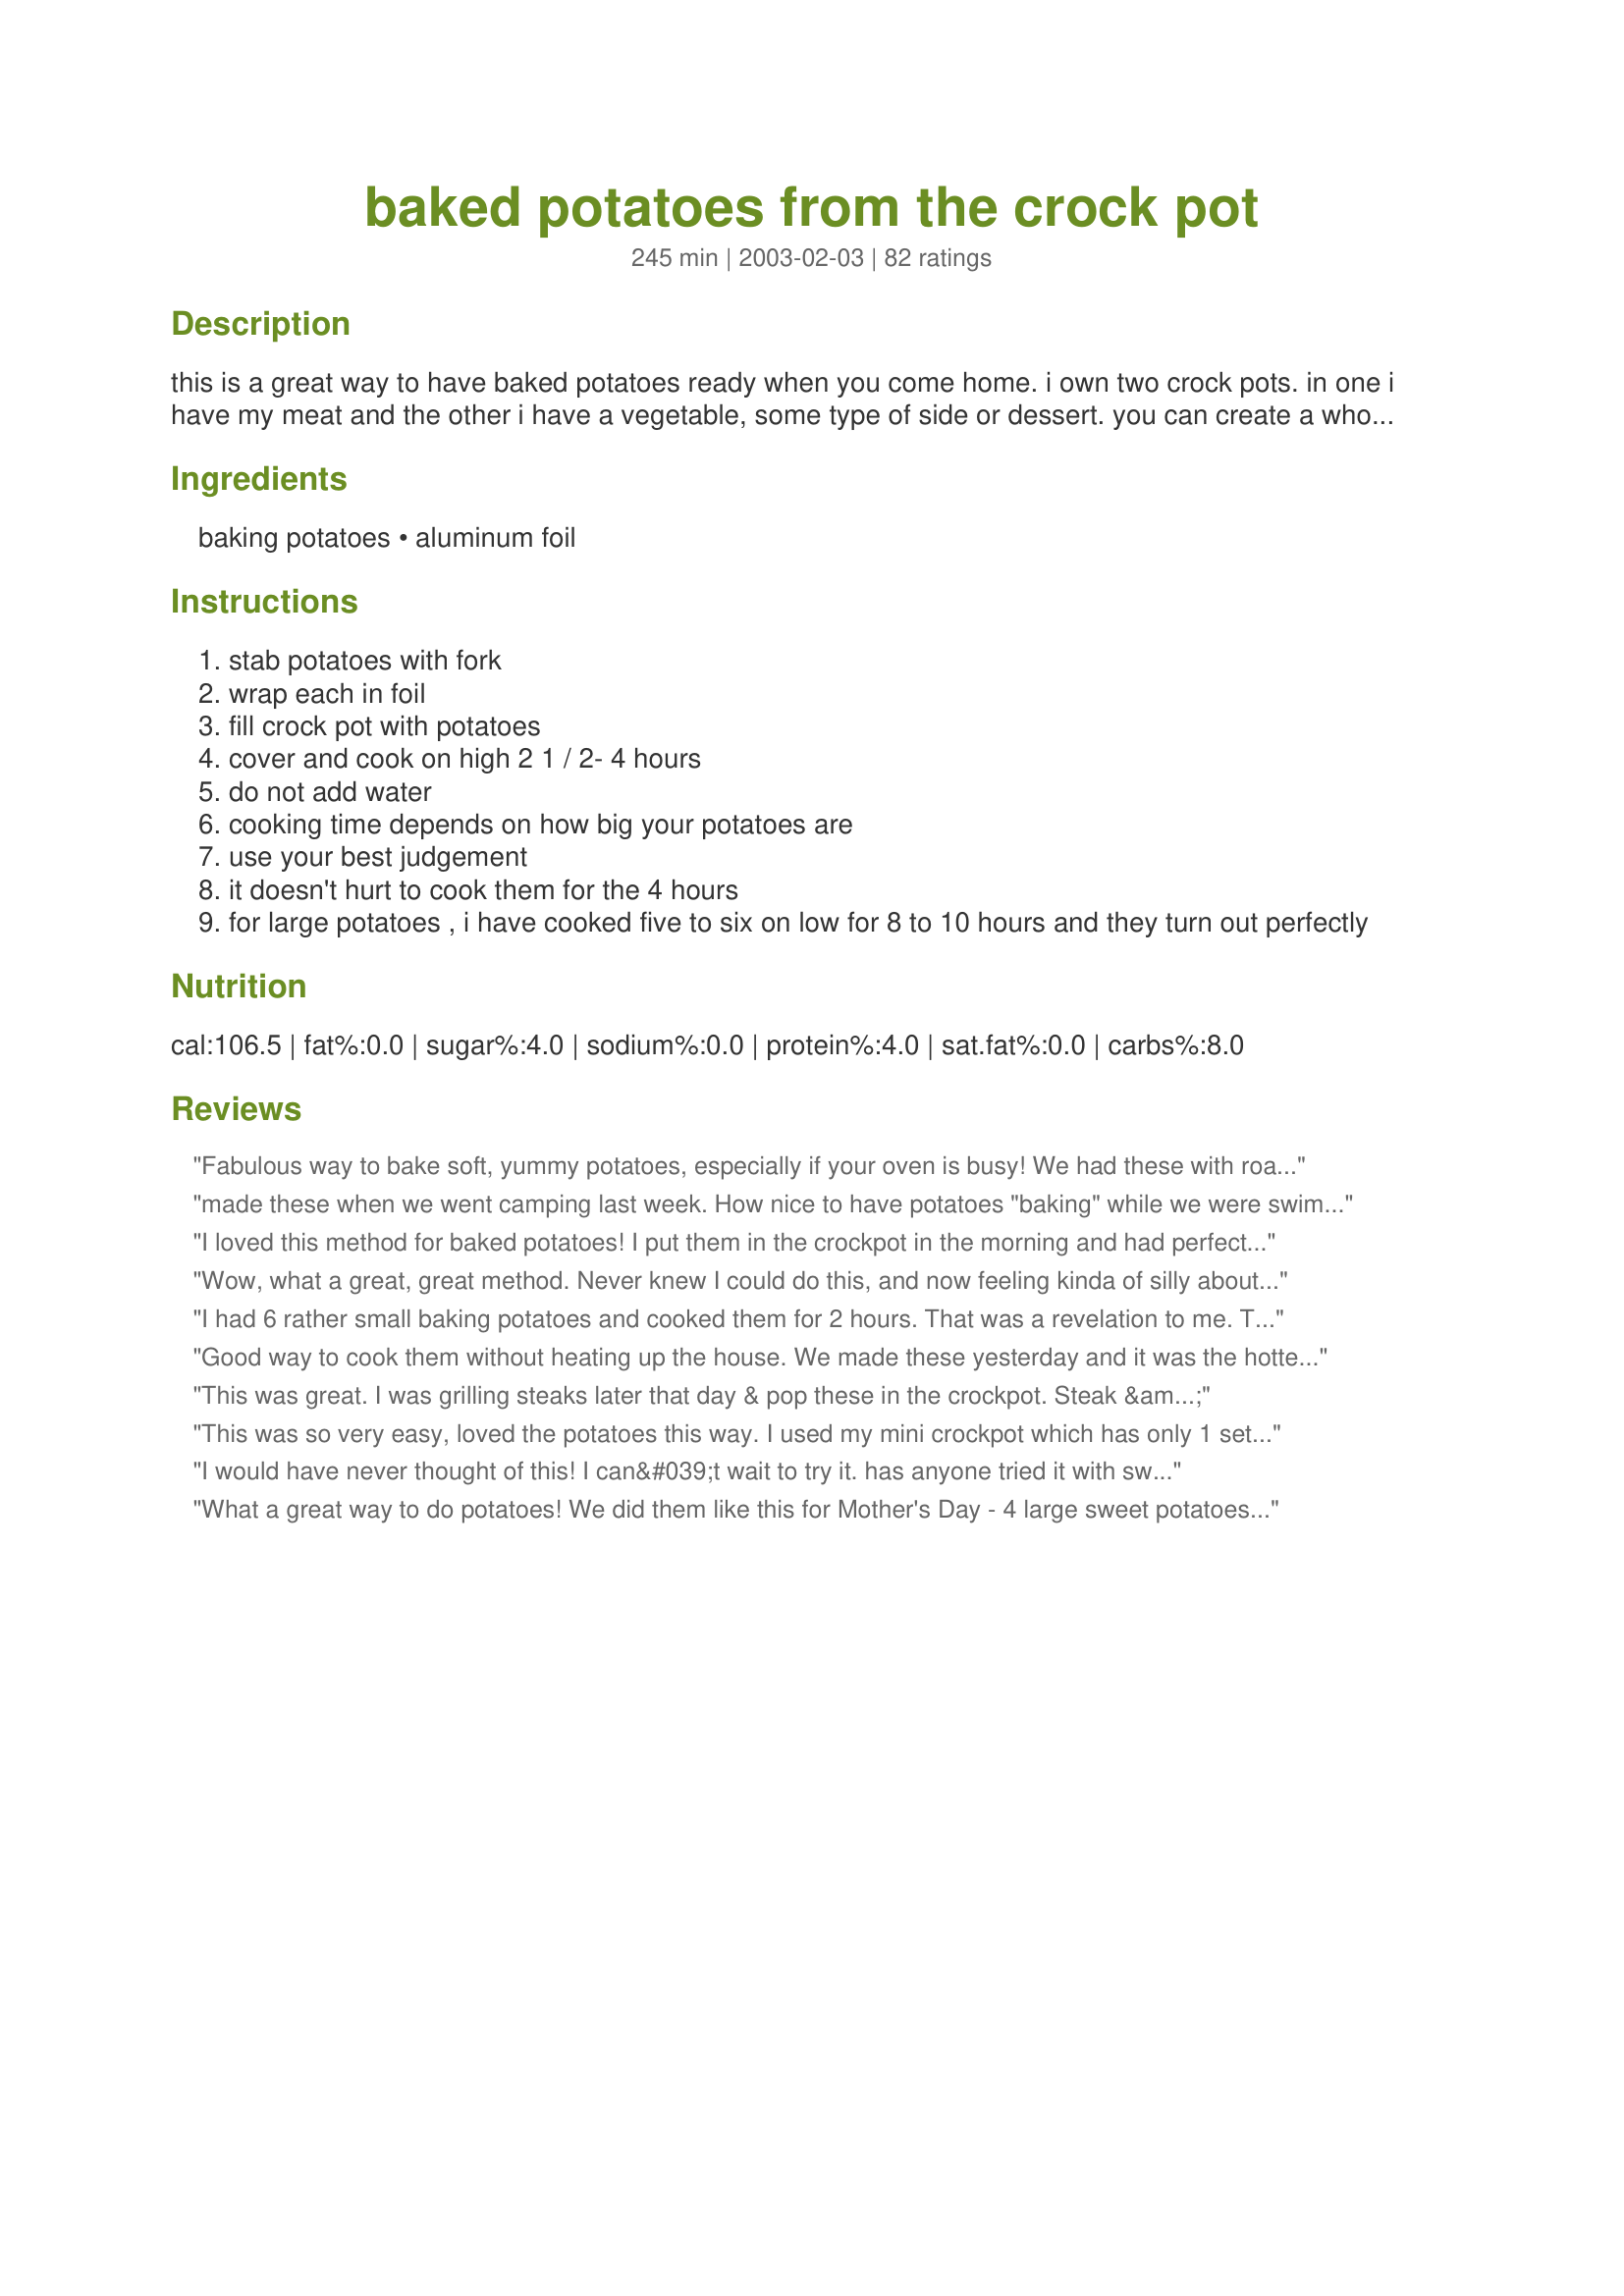
baked potatoes from the crock pot
Preparation time: 245 minutes

this is a great way to have baked potatoes ready when you come home. i own two crock pots. in one i have my meat and the other i have a vegetable, some type of side or dessert. you can create a whole meal in a crock pot.

Ingredients:
baking potatoes, aluminum foil

Steps:
stab potatoes with fork
wrap each in foil
fill crock pot with potatoes
cover and cook on high 2 1 / 2- 4 hours
do not add water
cooking time depends on how big your potatoes are
use your best judgement
it doesn't hurt to cook them for the 4 hours
for large potatoes , i have cooked five to six on low for 8 to 10 hours and they turn out perfectly

Reviews:
Fabulous way to bake soft, yummy potatoes, especially if your oven is busy! We had these with roasted vegetables for a filling dinner. Note: I started a bit late, so I used smallish potatoes and gave them an hour on high before turning down to low for about 5 hours. Thanks!
made these when we went camping last week. How nice to have potatoes "baking" while we were swimming in the lake! The family liked them much more then "nuked potatoes" So I will make them at home too now...will be nice not to heat up the whole house.
I loved this method for baked potatoes! I put them in the crockpot in the morning and had perfect baked potatoes for dinner! They turned out just perfect. Thanks!
Wow, what a great, great method. Never knew I could do this, and now feeling kinda of silly about not figuring this out before. Easy, and works! What more could you say? I had 3 potatoes and wrapped in foil with a bit of salt after washing. Put in my crockpot for 2 hours on high. No hot stove, no hot grill. Just perfect potatoes and so tasty. Thank you Audrey!
I had 6 rather small baking potatoes and cooked them for 2 hours. That was a revelation to me. Thank you.

 


I had 6 rather small baking potatoes and cooked them for 2 hours. That was a revelation to me. Thank you.




 


 

Good way to cook them without heating up the house. We made these yesterday and it was the hottest day of the month and the crock pot kept the heat down.
This was great. I was grilling steaks later that day & pop these in the crockpot. Steak & bake potatoes. UMMM Good
This was so very easy, loved the potatoes this way. I used my mini crockpot which has only 1 setting. It held 2 potatoes and was done when I checked them 5.5 hours later. I think next time I'll check them in 4 hours. Made for *1-2-3 Hit Wonders* game 2007
I would have never thought of this! I can&#039;t wait to try it. has anyone tried it with sweet potatoes? I think that would be a good idea too...
What a great way to do potatoes! We did them like this for Mother's Day - 4 large sweet potatoes - and then just had to take the salad out of the fridge and throw the meat on the grill - no fuss or worry about the potatoes being done! What could be easier that that!
use this way to "bake" potatoes in the summer...I like to either rub a little crisco or spray with a non stick spray and roll in Crazy Salt..and then reroll in foil...much better than nuked baked potatoes..thank you...for posting..
Yum! I stumbled upon this recipe when I was looking for easy crock pot recipes for a friend. As soon as I read it, I went, "Well, duh! Why didn't I ever think of that? Baked potatoes without heating up the house!" I did six large potatoes, rubbed with olive oil and seasonings, on high for 5 hours, and they're wonderful! Thank you Audrey! :)
2 thumbs up. 6yo DD enjoyed her sweet potato while I had the perfect loaded baked potato. Both were cooked together. I did nothing but wash and wrap in foil. They cooked on high for 4 hr and were done but did great on low for 30 more minutes to buy me some time. My crockpot doesn't have the warm feature. Definitely a repeater.
It couldn't be easier! We take alot of baked potatoes to work for lunch. This recipe has an added bonus: it doen't heat up the house on summer days.
Loved this recipe! This will be used alot in the summer so I don't have to further heat up my 80 degree kitchen to get great baked potatoes. Thanks for posting!
This was such an easy way to fix baked potatoes. I had mine in the crock pot for 5 hours. They were still on the hard side. I guess I had really big baking potatoes. I did pick up the smallest potatoes I could find. Keep in mind that size does count. I will be making again but with more time for cooking or smaller potatoes. Thanks for posting Audrey M.
This turned out very well for me and certainly couldn't get any easier! I think I cooked them a little too long but they tasted great.
I believe. I didn't, but now I do. Perfect for summertime. I did 3 large baking potatoes for about 2 1/2 - 3 hours with excellent results. Thanks!
Worked like a charm! Much better than potatoes done in the microwave, and much easier! 
Thanks!
I tried these tonight and wowzers, what a fabulous result! I added to it a bit by making them twice baked by taking the insides out, smooshing in some sour cream, chives, salt, butter and cheddar cheese, re stuffing the skins, re wrapping them and putting them back int he pot for about another 30 mins on low. I think I need to play a bit with the second times length in the crock pot, but the result was very, very good. Thanks. From now on baked potatoes will be back in my regular schedule.
Really great and really easy!!! I must be honest, this is the 2nd time I'm making this recipe and this time turned out MUCH better! The first time I made it I had large potatoes and put them in the crock for the 4 hours. At the 4 hour mark, dinner was done and the potatoes were not and they weren't great. This time I rolled them in some olive oil and then salted them before rolling them into tinfoil. I cooked them about 5 hours (they were medium in size) and they were PERFECT!!! Much better than in the microwave and I simply wouldn't take the time to bake potatoes in the oven so this will be my new go-to method. The potatoes were nice and fluffy inside. I followed another reviewers recommendation and checked them about 30-45 minutes before they were due to be done and pierced them with a fork. The ones on top weren't as cooked as the ones in the bottom so I just adjusted their positioning and all were cooked perfect. This couldn't have been easier and made making dinner super easy since I didn't have to even think about these potatoes until they were supposed to be put on the table. I paired this tonight with recipe #242154 and recipe #73021. Wonderful!
This was a great way to bake potatoes without heating up the kitchen. I rubbed them with olive oil then sprinkled with sea salt before wrapping in the foil. They were much better than microwaved potatoes. Thanks!
These potatoes are fabulous! My four year old always tells me he doesn't like potatoes. And unless they come in a Happy Meal, he won't eat them. After making these, I opened one up on his plate, let him spray parkay refrigerated butter spray and sprinkle seasoned salt on them, and he ate every bite. He said they were so good they made his head spin. I will never bake potatoes another way. There was so much flavor infused in every single bite. The texture was perfect. Thanks so much for posting such and easy and tasty recipe!
This method makes great baked potatoes. We like them better cooked this way because they come out perfect. They are moist, unlike when I do the oven method. I always do extra potatoes so that we have leftovers. I let the leftovers cool and refrigerate for making home fries the next day. I dice up the cold potatoes, toss in olive oil, throw in some kosher salt and black pepper and any other seasonings you like and saute in a little butter and olive oil. Thanks Audrey for posting this. It's a huge time/money saver for me.
What a fabulous find this recipe is! I'd have never thought of cooking potatoes in the crockpot, but shall now be doing it often. No, not just often: more probably all the time! And all the year round. I followed the advice of a couple of reviewers and coated the potatoes lightly with olive oil and then added a light sprinkling of garlic salt. While they were still warm, we positively feasted on some of the potatoes, served with Ravenseyes' scrumptious Tzatziki Recipe #306901. Thanks so much for sharing this recipe, bmcnichol. I agree with another reviewer's comment that this is probably the best crockpot recipe ever. I urge everyone who'd love a supply of potatoes ready for other recipes, let alone baked potatoes ready to fill with their favourite topping, to try it.
I love it when a recipe teaches me a new concept to use in my cooking rather than just showing me how to make a dish. This was so easy and the potatoes came out beautifully fluffy inside and the skin was much better than from in a microwave. My husband has a baked potato for lunch most days and he actually likes it when they are cold (yes, he is strange in some ways). So, this means rather than nuking him one every day I can just load up the crock pot and put a few days worth in and just pull them out of the fridge for his lunch. Plus, I love having a crock pot recipe where I don't have at on of clean up with the pot afterwards. Thank you for teaching me this method. Made for Zaar Stars tag.
These were fast, easy, and delish to prepare. Served with Recipe #63887 -- will use this a LOT!
I haven't tried this yet, but what a great idea!!! I love baked potatoes, but often times I don't make them due to the time it takes to bake them in the oven. Now they'll be waiting when I arrive home from work. Thank you for posting!!
This has been in my cookbook for a long time and I finally got around to trying it. What an intriguing way to bake potatoes! I wasn't sure if my potatoes were small, medium, or large. I decided they were "medium". I cooked them for about 6 hours and they were perfectly done.
What a great recipe to have and use especially during the hot, hot months here in Florida. I followed the directions as written, using two large potatoes. I love that this won't heat up the kitchen, although, I still think the texture is different that when cooked in the oven. We will definitely be using this recipe in the future. Thanks bmcnichol!!!
We make our baked potatoes like this all the time (just last night!) I also rub them with a little olive oil and kosher salt!
The texture is so much better than microwaved potatoes.
It's wonderful coming home from work and having the potatoes done!
This worked perfectly for me. I cooked 4 potatoes and they were done in exactly 8 hours. After they were cooled, I peeled & shredded them to use in hash browns.
If I could give more that 5 stars I would.... I used regular potatoes
washed and air dried. I poked them with the fork twice on each side.
Wrapped them in the foil and they were great... they took 3 1/2 hours in my 4 quart crock. Thanks for this keeper !
This was excellent. I have "baked" potatoes this way for years ONLY I don't use foil and I often use red potatoes.
Thanks for the reminder of how great something simple can be.
I have had this recipe posted on zaar for awhile. This is the best crock pot recipe to have in your recipe file. No mess, no heat, and the best baked potaotes you will ever have.
These were good and did free up the oven but I still prefer them baked.
An easy way to make light, fluffy baked potatoes. Thanks for posting this lifesaver... now the potatoes are ready when I get home from a long day at work.
I used to have a crock pot/slow cooker and remember reading somewhere that you shouldn&#039;t cook in it without liquid in the pot so this recipe is mind boggling in more ways than one! Has anyone else ever come across that rule? What is everyone using to make this recipe? I have to buy a new crock pot so am open to suggestions! Thanks.
These are simple and taste far better than cooking in the oven or microwave. Highly recommended.
What a great way to make baked potatoes! I rubbed a bit of olive oil on them and sprinkled on sea salt. After about 7 1/2 hours I had perfectly baked spuds.
I cooked 10 medium russett potatoes by this method. Excellent! What I most like about it, no heat in the kitchen, the skins are soft, the flavor is great.I checked them twice, a few on top were not quite cooked so I just put them on the bottom during the 4 hours. No problem and the foil I can reuse. I used 5 for one meal with butter and sour cream. Tonight I made potato salad and they peeled and sliced perfectly and easily. Do not store any cooked potatoes in the foil in the refrigerator. They will sweat and discolor the foil and taste. This is a time saver for me and I will use again and again.
I used to bake them in foil in a large roaster on low heat but this method tops mine. Thanks for posting.
I'll never bake a potato any other way after trying this! Thank you!
Nothing is as good as an oven baked spud but these potatoes done in the crock pot are great when oven space is tight. Often serve with the works along a with prime rib roast using the &quot;closed door method&quot; to cook the meat.
Thanks for a great recipe! Many times I'd like baked potatoes with dinner but just don't want to hassle with the oven, etc, and I never thought to try them in the crock pot! I made them over the weekend making extra to use up a bag of spuds. Worked fantastic, and DH was happy to have extras to take in his lunch!
Awesome idea! I use this quite often now I found it! THANKS
I&#039;ve made this recipe twice now, both with great results. I first rubbed the potatoes with a garlic-infused olive oil and instead of salt (can&#039;t use it, unfortunately) rubbed them with ground pepper. Cooked them on low and they came out great. Any leftovers are great for making hash brown potatoes or potato salad. The olive oil gives the left over dishes a lovely flavor.
Good. Great. Grand!

I did one sweet potato in my mum's little crock pot for about 3 hours. Absolutely delish! I'll be making these a lot more. It's especially nice not to have to crank to oven in the spring time heat.

Thanks for posting this! :]
Perfect! I had an oven full of baby backs and this worked out perfectly. Thank you Audrey M for a keeper.
I&#039;ve been doing this for years and it is a huge time saver. In addition, at the holidays I put my sweet potatoes in the crock pot, not wrapped or coated with anything and basically let them steam until they are soft (on high a couple of hours depending on size). The benefit is the skin just slides off and they are ready to mash. If you use a crockpot liner, just let the crock cool and put it away. No clean up.
Excellent! I was in a hurry, so turned it on high for about 2 hours, then to low. After 6 1/2 hrs. they were done! I did 4 potatoes. Thanks! Made for 123 Hit Wonders game.
THis worked wonders for me tonight Bonnette. I had the potatoes in the crockpot by 9a and then this afternoon I fried up some hamburg and added one large can of Hormel Chili-no-beans. Served it with chopped up onion, tomatoes, and shredded cheese and a dollop of sour cream.!!
 This is a great idea that has so many possibilites. Like you mentioned that you could do up a bunch on sunday and have them to your availability all week for meal time planning. Thanks for the idea~
I absolutely loved this! I used really large potatoes and thru in some sweet potatoes too, everything cooked perfect on low for about 8 hours. I used them for loaded baked potatoes and everyone loved them! cooked way better than in the microwave.
just a comment: these are STEAMED potatoes, not baked. Many people like their potatoes this way. I don&#039;t mind steamed, but I prefer the dry flavor of roasted potatoes. I have years of food service, and a baked potato is NOT wrapped in foil, until after it is baked (and only to keep it warm if not going to be eaten or served immediately).
WOW .......... Great idea lol
This is an easy and good way to make a baked potato. My DH says it is good but not quite like oven baked. Made for 1,2,3 Hit Wonders 2007.
I made a mistake and turned my crockpot on LOW instead of HIGH therefore after 4 hours it wasn't cooked. I re-read the recipe and noticed HIGH so I turned it on HIGH for another hour and it cooked just right. The potatoes came out soft and fluffy and flavorful since I seasoned them with salt, pepper and a cube of butter. THANKS FOR THE RECIPE!!
These are so good! You can not tell they were not cooked in the oven. Highly recommend!!
This was so easy. I'd have never thought of making potatoes this way. I useually do them in the microwave, but this is a great alternative...Will definately use when I have company comming.
Cooked six medium size (pretty small for russets) in small crockpot on high for 3.5 hours and they came out perfect! I washed the night before and let air dry. Then wrapped in foil before placing in the crockpot. I was sure to put the larger side (if there was on down in the crock. I also put part where the foil overlaps against the side of the crock so that they wouldn&#039;t get too hot right against the heat. Perfect.
This is great! It was SO easy! Just make sure your potatoes are all about the same size, I had 1 little guy in there and it ended up way overcooked. Otherwise, such a great idea!!!
Great. I cooked 6 medium Yukon golds. Sprayed the foil with a bit of cooking spray and then salted the outside of the potatoes before wrapping them. Yum, this is so easy!
Worked out great!
I can&#039;t believe I never reviewed this recipe. We use it for every holiday meal. It frees up the oven and makes fantastic fluffy baked potatoes. We have been known to rub the potato with olive oil and sprinkle with kosher salt before putting on the foil and putting in the crock pot.
I made these as a side dish for Christmas! It was very easy and they came out just perfect. I don't think I will cook them another way. Thank you for sharing!
I have cooked potatoes like this about five times now...and I love it. So easy and doesn't heat up the oven in the summmer. Great idea!!
 The potatoes were excellent. I usually put mine in the microwave. My children said no more microwave, they said they had a lot better taste.
Pure genius! I can do this when I get home from work, in seconds, and clean up is easy. I popped two medium-small potatoes in the crock pot (after washing and pricking with a knife), without the foil, on high for 2 hours and they came out perfectly. I don't like the peel, but roommates do, so I will oil and salt the outside next time. Thanks for sharing!
Never thought of doing this. great idea! I havent' tried it yet, but will keep it in the back of my mind. I think this will come in handy. Thanks!
Finally!! A way to "bake" potatoes without overbaking them and having them come out mealy. I have never been able to make baked potatoes come out just right until now. They were nice and soft and tender and very tasty. I cooked them for the full 4 hours on high and then turned the heat off but left the potatoes in the crockpot while I made the rest of the dinner. I will definitely be "baking" my potatoes this way from now on and a lot more often. Thanks for a great recipe Audrey! 
 Updated 12/6 to add that I rub Crisco shortning over the potatoes before wrapping them in foil. This makes the skins soft.
I have to say these didn't turn out like I expected. They seemed to be overcooked and didn't taste good at all. Could have been my crockpot, but I don't plan on trying the recipe again--takes too much time.
My DH put these in the crock pot and the potatoes came out GREAT!! Nice way to have potatoes without heating up the oven. Will use this method the next time I Make Yummy Baked Potato Skins (43908). Have made these a number of times now and found out you don't need to do step 1. I just wrap them in foil and place in the crock pot.
I've made these twice now and both times the results were delicious. This is a nice way to have baked potatoes in hot weather without heating up the house. Several friends now use this method too. Thanks for the tip.
I use this method a lot. I also keep some in the refrigerator after cooking of course, for up to 2 or 3 weeks. If I want potatoes with my eggs or anything else, I chop one up and heat up with olive oil in a pan with onion, green pepper etc. or just some onion powder which takes only 2 or 3 min to do and I have them to go with my eggs etc. Like having instant hash browns, only much better.
I never would have thought of baking potatoes in the crock pot, but now that I've followed your directions I don't plan to make them any other way. This is the perfect way to fix baked potatoes for a crowd, particularly in the summer! (My crock pot puts out a little heat so I put it in my garage while cooking. LOL) Thank you, thank you, thank you!
I would like to ask the reviewers why they would slow-cook baked potatoes for 4-5 hours when the microwave does the same thing in 8-15 minutes? I&#039;m serious - are they that much better?
Despite all my attempts to mess this up, the potatoes turned out great! I mistakenly put the crock pot on low and realized it after about 4 hours. I switched to high for the remainder of time and the potatoes were perfect! Next time I'll try to manage to follow the directions! Thanks for sharing!!
Easy peezy!! &lt;br/&gt;Thank you,
I made these last night and I have to admit I was skeptical at first -- I thought they would come out dry or something. But they came out great! Fluffy, moist, just fabulous!
Really easy, and very favorful! And very little cleanup-I used bargin brand foil!
Made these tonight and loved them!
I rubbed them in olive oil. Even made extra for the boys this week.
They were great!
When I saw this recipe, I was thrilled. I too thought &quot; why didn&#039;t I think of this &quot;? I made these a couple week ends ago. I used 4 med. yukon golds, rubbed with evoo and koser salt. Cooked on high for 4 1/2 hours and they were perfect, I won&#039;t make baked potatoes any other way. I will save on propane AND my a/c. Today, I have 12 medium boil in a bag red potatoes ( I want to make a cream cheese potatoe salad). I wrapped all 12 in foil,drizzled with an evoo lemon/ garlic&amp; jalapeno dressing that I make and keep in the fridge to use on salads and such. I will post the results, when the results come in : )
This was my first time making baked potatoes in the crock pot and it worked perfect. I was worried about the top potatoes not getting cooked enough but they were. Thank you for sharing with us.
